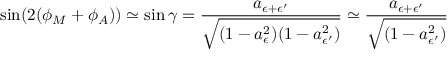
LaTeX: \sin ( 2 ( \phi _ { M } + \phi _ { A } ) ) \simeq \sin \gamma = \frac { a _ { \epsilon + \epsilon ^ { \prime } } } { \sqrt { ( 1 - a _ { \epsilon } ^ { 2 } ) ( 1 - a _ { \epsilon ^ { \prime } } ^ { 2 } ) } } \simeq \frac { a _ { \epsilon + \epsilon ^ { \prime } } } { \sqrt { ( 1 - a _ { \epsilon ^ { \prime } } ^ { 2 } ) } }